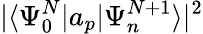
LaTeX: |\langle\Psi_{0}^{N}|a_{p}|\Psi_{n}^{N+1}\rangle|^{2}